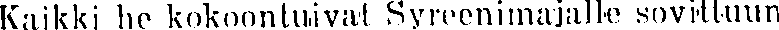
Kaikki he kokoontuivat Syreenimajalle sovittuun